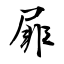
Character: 屝